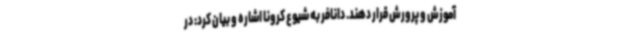
آموزش و پرورش قرار دهند. دانافر به شیوع کرونا اشاره و بیان کرد: در